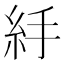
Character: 𥾹